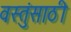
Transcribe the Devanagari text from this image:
वस्तुंसाठी